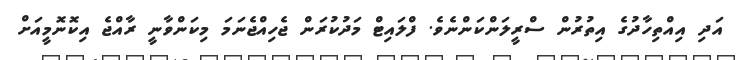
އަދި އިއްތިހާދުގެ އިތުރުން ސްރީލަންކަންނެވެ. ފްލައިޓް މަދުކުރަން ޖެހިއްޖެނަމަ މިކަންވާނީ ރާއްޖެ އިކޮނޮމީއަށް